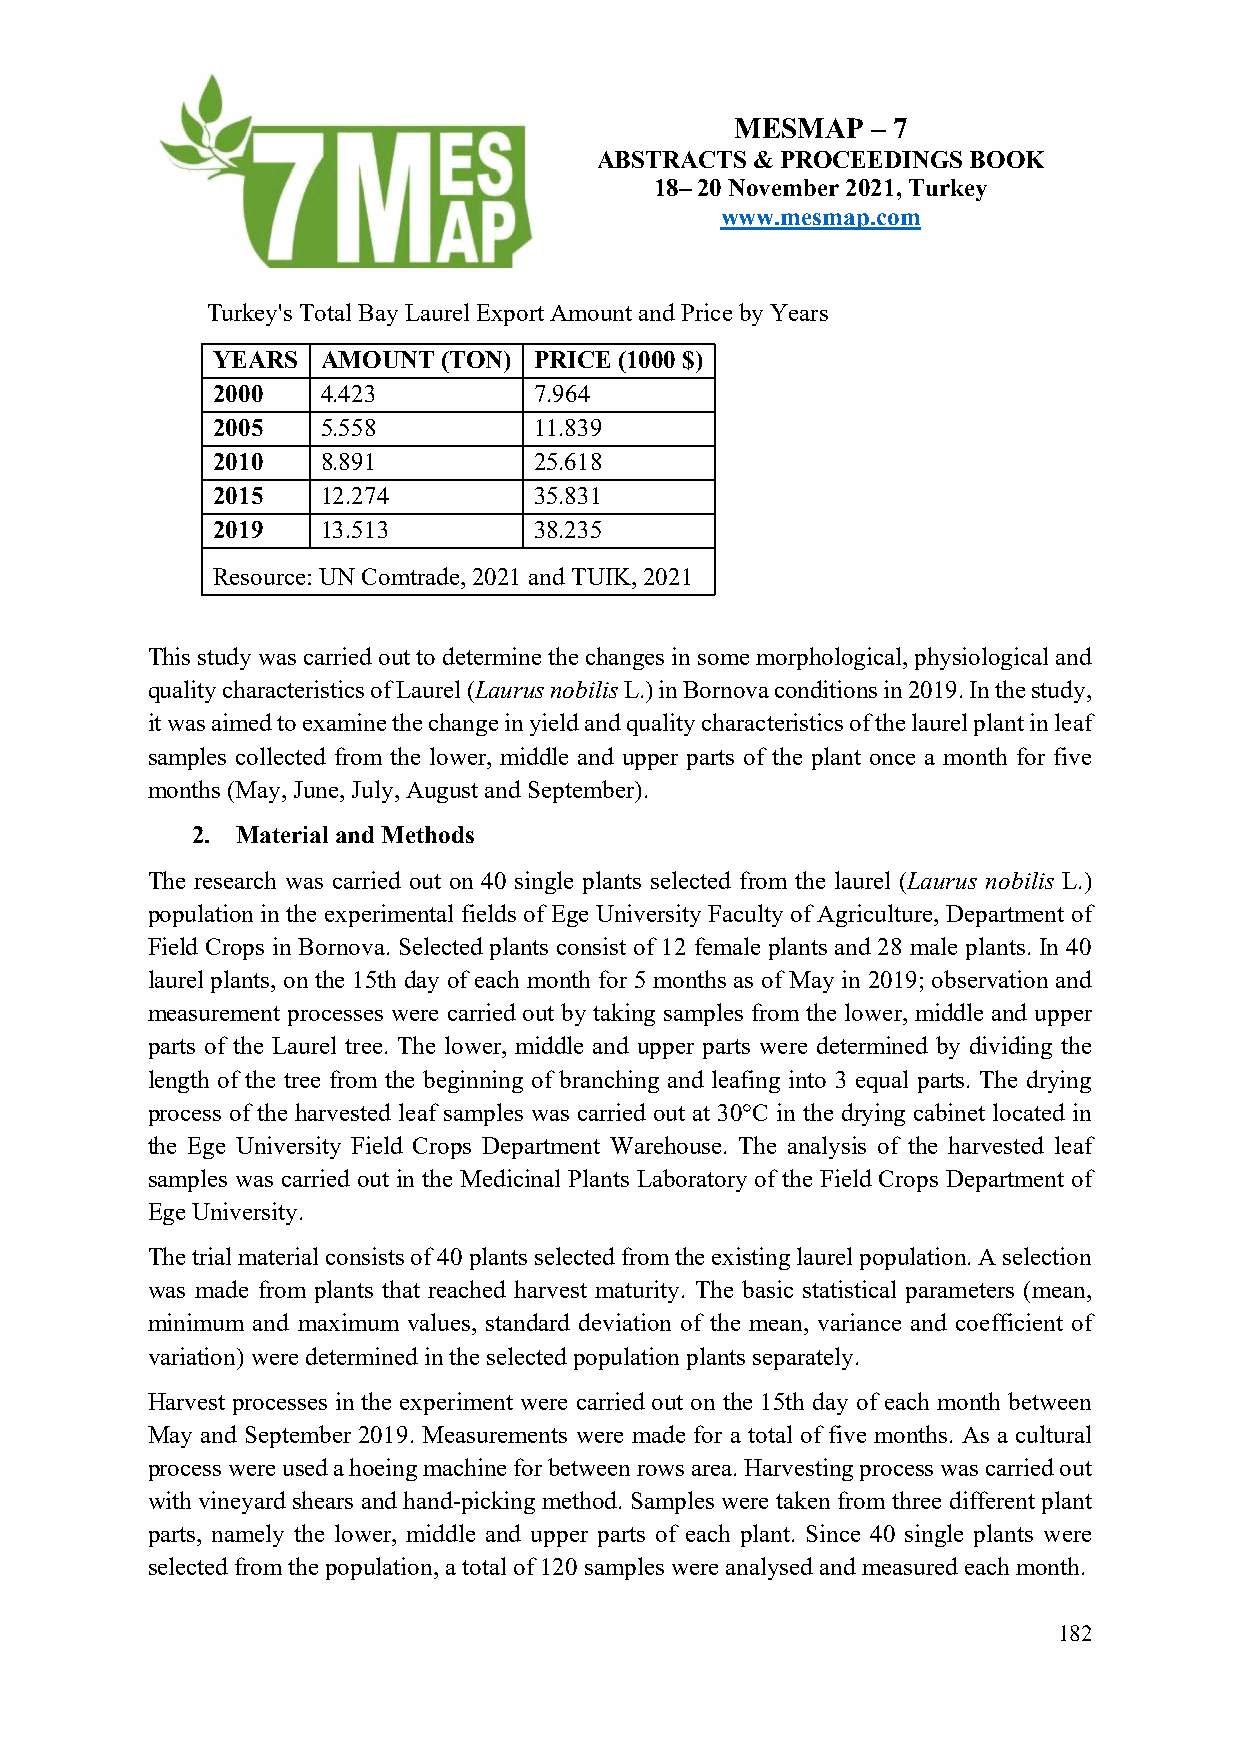
MESMAP   – 7
 ABSTRACTS  & PROCEEDINGS BOOK
 18– 20 November 2021, Turkey
 www.mesmap.com
 Turkey's Total Bay Laurel Export Amount and Price by Years
 YEARS  AMOUNT  (TON) PRICE (1000 $)
 2000   4.423         7.964
 2005   5.558         11.839
 2010   8.891         25.618
 2015   12.274        35.831
 2019   13.513        38.235
 Resource: UN Comtrade, 2021 and TUIK, 2021
 This study was carried out to determine the changes in some morphological, physiological and
 quality characteristics of Laurel (Laurus nobilis L.) in Bornova conditions in 2019. In the study,
 it was aimed to examine the change in yield and quality characteristics of the laurel plant in leaf
 samples collected from the lower, middle and upper parts of the plant once a month for five
 months (May, June, July, August and September).
 2. Material and Methods
 The research was carried out on 40 single plants selected from the laurel (Laurus nobilis L.)
 population in the experimental fields of Ege University Faculty of Agriculture, Department of
 Field Crops in Bornova. Selected plants consist of 12 female plants and 28 male plants. In 40
 laurel plants, on the 15th day of each month for 5 months as of May in 2019; observation and
 measurement processes were carried out by taking samples from the lower, middle and upper
 parts of the Laurel tree. The lower, middle and upper parts were determined by dividing the
 length of the tree from the beginning of branching and leafing into 3 equal parts. The drying
 process of the harvested leaf samples was carried out at 30°C in the drying cabinet located in
 the Ege University Field Crops Department Warehouse. The analysis of the harvested leaf
 samples was carried out in the Medicinal Plants Laboratory of the Field Crops Department of
 Ege University.
 The trial material consists of 40 plants selected from the existing laurel population. A selection
 was made from plants that reached harvest maturity. The basic statistical parameters (mean,
 minimum and maximum values, standard deviation of the mean, variance and coefficient of
 variation) were determined in the selected population plants separately.
 Harvest processes in the experiment were carried out on the 15th day of each month between
 May and September 2019. Measurements were made for a total of five months. As a cultural
 process were used a hoeing machine for between rows area. Harvesting process was carried out
 with vineyard shears and hand-picking method. Samples were taken from three different plant
 parts, namely the lower, middle and upper parts of each plant. Since 40 single plants were
 selected from the population, a total of 120 samples were analysed and measured each month.
 182